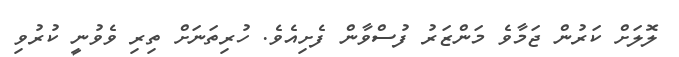
ލޮލަށް ކަރުން ޖަމާވެ މަންޒަރު ފުސްވާން ފެށިއެވެ. ހުރިތަނަށް ތިރި ވެވުނީ ކުރުވި